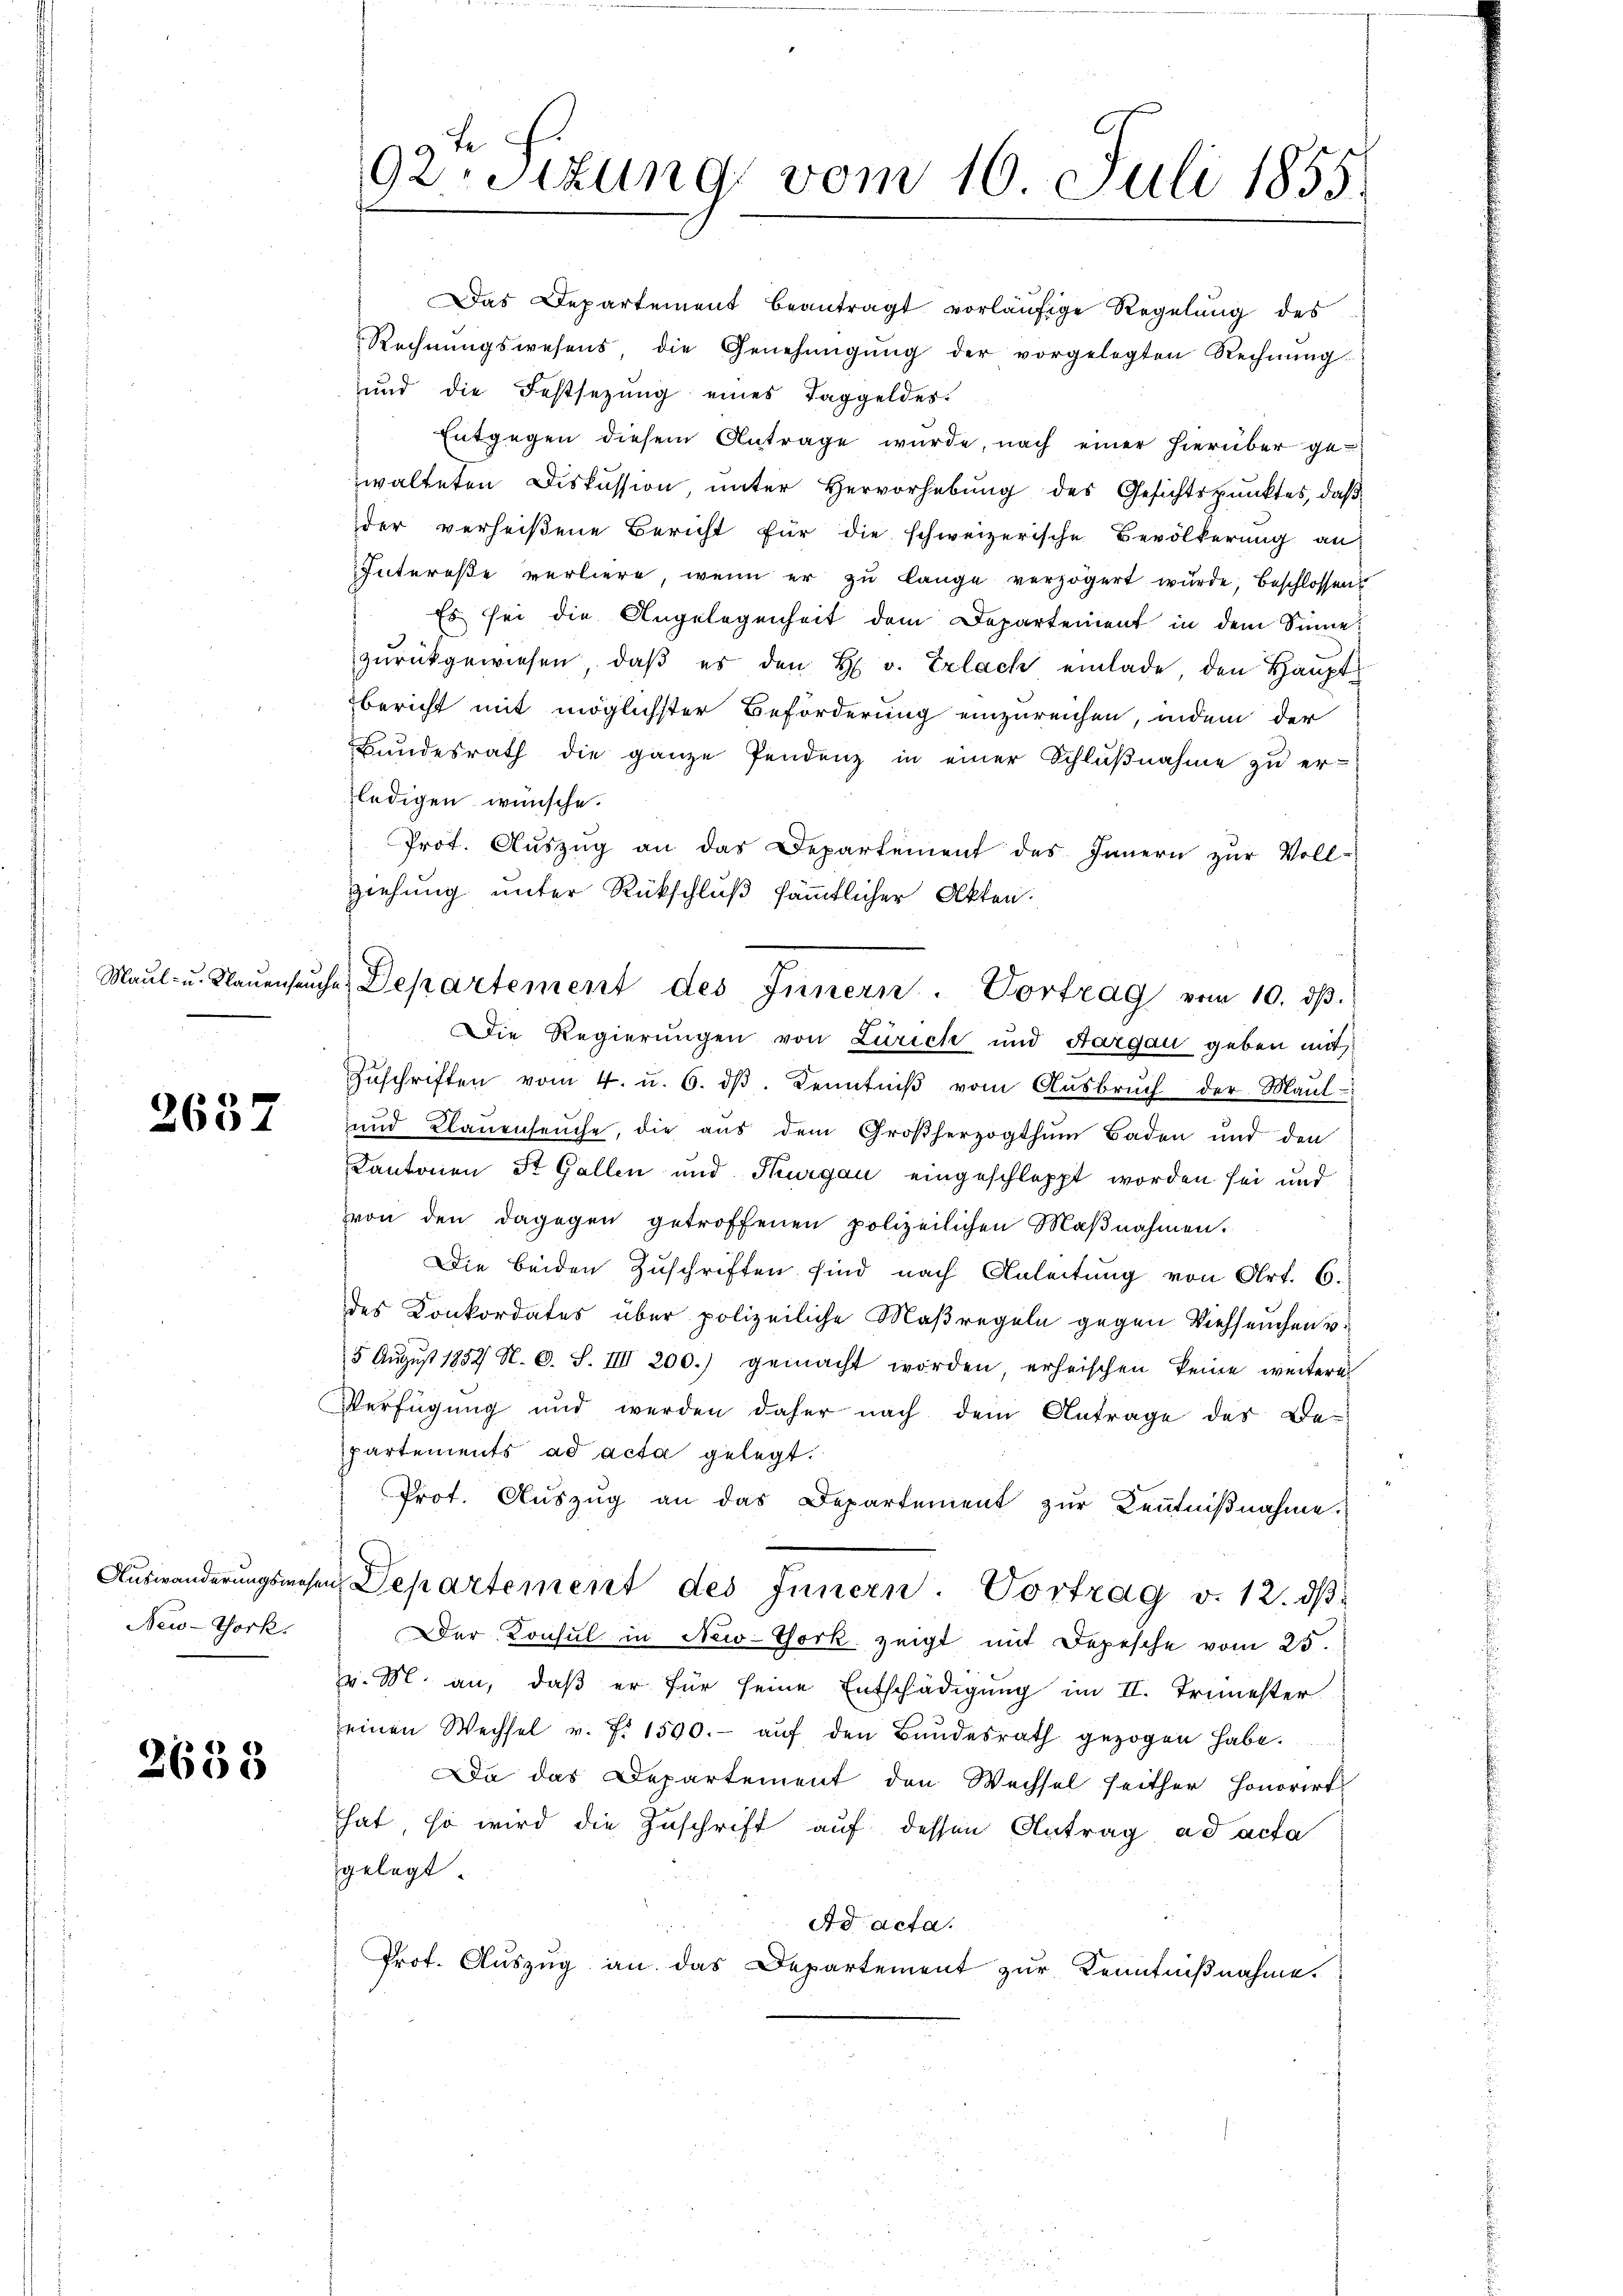
2657

Auswanderungswesen
New-York.

2638

92. Sitzung vom 16. Juli 1855.

Das Departement beantragt vorläufige Regelung des
Rechnŭngswesens die Genehmigŭng der vorgelegten Rechnŭng
und die Festsetzung eines Taggeldes.
Entgegen diesem Antrage wurde, nach einer hierüber gewalteten Diskussion, unter Hervorhebung des Gesichtspunktes, daß
der verheißene Bericht für die schweizerische Bevölkerung an
Intereße verliere, wenn er zu lange verzögert wurde, beschlossens
Es sei die Angelegenheit dem Departement in dem Sinne:
zŭrückgewiesen, daβ es den H. v. Erlach einlade, den Haŭptbericht mit möglichster Beförderung einzureichen, indem der
Bundesrath die ganze Pendenz in einer Schlŭβnahme zu er-
fledigen wünsche.
Prot. Auszug an das Departement des Innern zur Voll-
ziehung unter Rückschluß sämmtlicher Akten.
Die Regierungen von Zürich und Aargau geben mit
Zŭschriften vom 4. u. 6. dβ. Kenntniβ vom Aŭsbrŭch der Maŭl-
und Klauenseuche, die aus dem Großherzogthum Baden und den
Kantonen St. Gallen und Thurgau eingeschleppt worden sei und
von den dagegen getroffenen polizeilichen Maβnahmen.
Die beiden Zuschriften sind nach Anleitung von Art. 6.
des Konkordates über polizeiliche Maßregeln gegen Viehseuchen v.
5 Aŭgŭst 1852 N. O. S. IIII 200.) gemacht worden erheischen keine weitere
Verfügung und werden daher nach dem Antrage des Be-
partements ad acta gelegt.
Prot. Auszug an das Departement zur Kenntnißnahme.
u Departement des Innern. Vortrag v. 12. dβ
Der Konsul in New-York zeigt mit Depesche vom 25.
v. M. an, daß er für seine Entschädigung im II. Trimester
seinen Wechsel v. fr. 1590. - auf den Bundesrath gezogen habe.
Da das Departement den Wechsel seither Honorirt
hat, so wird die Zuschrift auf dessen Antrag ad acta
gelegt.
Ad acta.
Prof. Auszug an das Departement zur Kenntnißnahme.

Maŭl- u. Klaŭensŭche Departement des Innern. Vortrag vom 10. dβ.